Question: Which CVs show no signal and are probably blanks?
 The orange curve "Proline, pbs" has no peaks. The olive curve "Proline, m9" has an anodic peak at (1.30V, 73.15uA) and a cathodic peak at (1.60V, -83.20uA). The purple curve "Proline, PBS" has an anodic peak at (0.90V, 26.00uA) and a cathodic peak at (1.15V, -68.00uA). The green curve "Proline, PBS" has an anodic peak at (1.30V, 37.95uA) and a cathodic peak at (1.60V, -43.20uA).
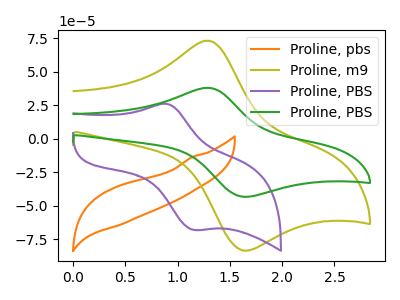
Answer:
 <answer>"Proline, pbs" is likely to be a blank.</answer>
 <eval>Proline, pbs</eval>